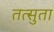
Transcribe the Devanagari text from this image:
तत्सुता